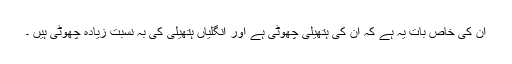
ان کی خاص بات یہ ہے کہ ان کی ہتھیلی چھوٹی ہے اور انگلیاں ہتھیلی کی بہ نسبت زیادہ چھوٹی ہیں ۔